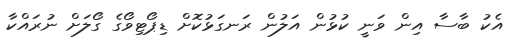
އެކު ބާސާ އިން ވަނީ ކުޅުން އަލުން ރަނގަޅުކޮށް ޑިޕޯޓިވޯގެ ގޯލަށް ނުރައްކާ